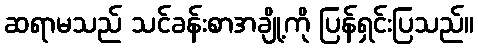
ဆရာမသည် သင်ခန်းစာအချို့ကို ပြန်ရှင်းပြသည်။